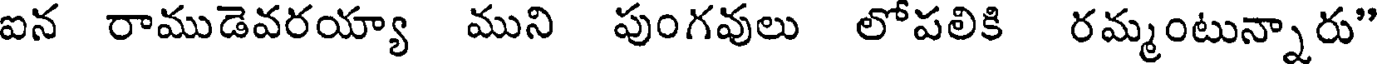
ఐన రాముడెవరయ్యా ముని పుంగవులు లోపలికి రమ్మంటున్నారు"